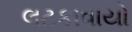
લટકાવાયો